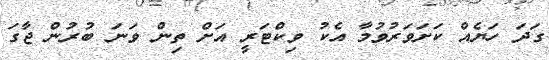
ގަދަ ހަޔެއް ކަށަވަރުވުމާ އެކު ވިކްޓަރީ އަށް ތިން ވަނަ ބުރުން ޖާގަ